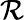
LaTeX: \textstyle{\mathcal{R}}